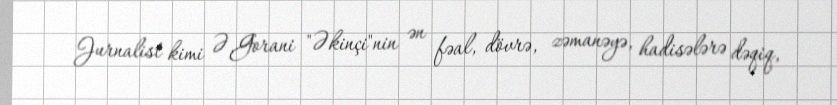
Jurnalist kimi Ə.Gorani "Əkinçi"nin ən fəal, dövrə, zəmanəyə, hadisələrə dəqiq,